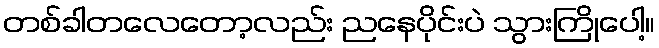
တစ်ခါတလေတော့လည်း ညနေပိုင်းပဲ သွားကြိုပေါ့။